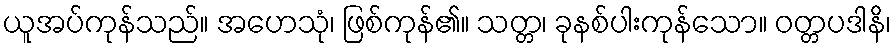
ယူအပ်ကုန်သည်။ အဟေသုံ၊ ဖြစ်ကုန်၏။ သတ္တ၊ ခုနစ်ပါးကုန်သော။ ဝတ္တပဒါနိ၊